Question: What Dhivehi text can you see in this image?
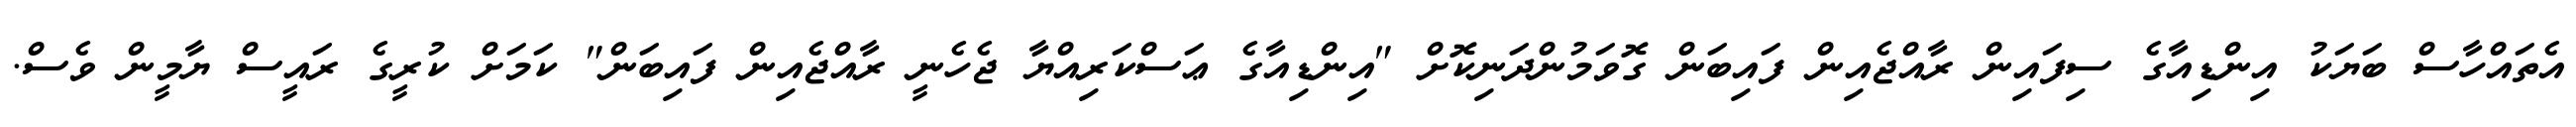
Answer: އެތައްހާސް ބަޔަކު އިންޑިއާގެ ސިފައިން ރާއްޖެއިން ފައިބަން ގޮވަމުންދަނިކޮށް "އިންޑިއާގެ ޢަސްކަރިއްޔާ ޖެހެނީ ރާއްޖެއިން ފައިބަން" ކަމަށް ކުރީގެ ރައީސް ޔާމީން ވެސް.